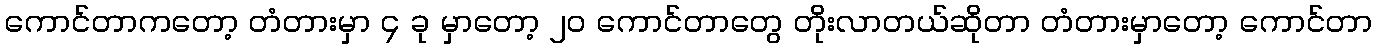
ကောင်တာကတော့ တံတားမှာ ၄ ခု မှာတော့ ၂၀ ကောင်တာတွေ တိုးလာတယ်ဆိုတာ တံတားမှာတော့ ကောင်တာ